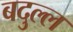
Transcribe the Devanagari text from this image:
बदुल्ल